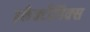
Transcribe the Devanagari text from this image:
इलैक्टौनिक्स